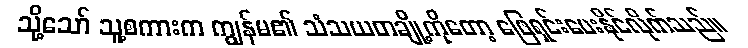
သို့သော် သူ့စကားက ကျွန်မ၏ သံသယတချို့ကိုတော့ ဖြေရှင်းပေးနိုင်လိုက်သည်။